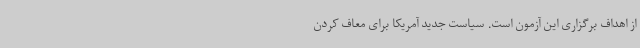
از اهداف برگزاری این آزمون است. سیاست جدید آمریکا برای معاف کردن